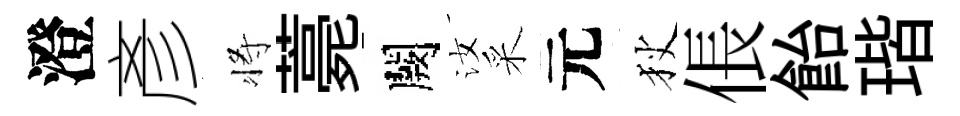
澄彥将薧闕汝采元狄倀飴瑎